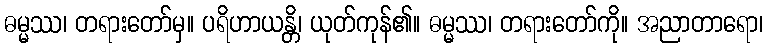
ဓမ္မဿ၊ တရားတော်မှ။ ပရိဟာယန္တိ၊ ယုတ်ကုန်၏။ ဓမ္မဿ၊ တရားတော်ကို။ အညာတာရော၊